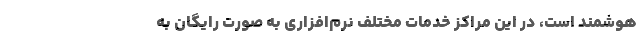
هوشمند است، در این مراکز خدمات مختلف نرم‌افزاری به صورت رایگان به